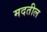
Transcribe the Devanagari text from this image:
मदतील